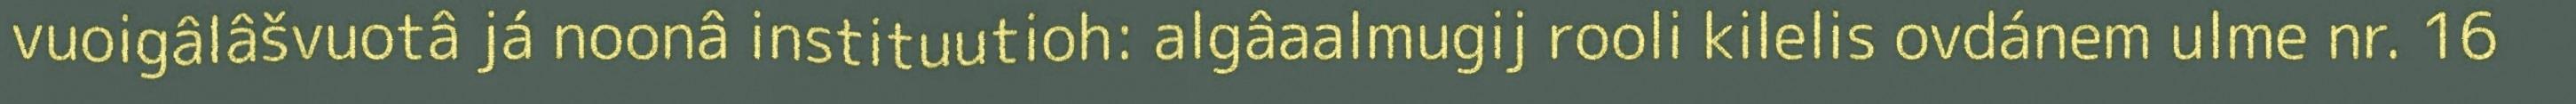
vuoigâlâšvuotâ já noonâ instituutioh: algâaalmugij rooli kilelis ovdánem ulme nr. 16